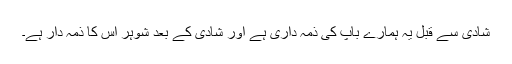
شادی سے قبل یہ ہمارے باپ کی ذمہ داری ہے اور شادی کے بعد شوہر اس کا ذمہ دار ہے۔